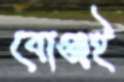
বোঞ্জই